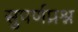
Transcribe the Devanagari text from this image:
सुपर्णप्रश्न